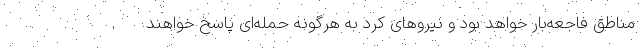
مناطق فاجعه‌بار خواهد بود و نیروهای کرد به هرگونه حمله‌ای پاسخ خواهند